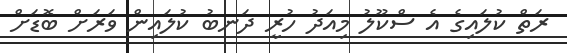
ރަތް ކުލައިގެ އެ ސްކޫލު މިއަދު ހުރީ ދަނބު ކުލައިން ވަރަށް ބޮޑަށް